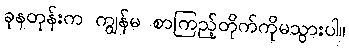
ခုနတုန်းက ကျွန်မ စာကြည့်တိုက်ကိုမသွားပါ။